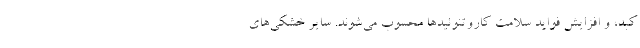
کبد، و افزایش فواید سلامت کاروتنوئیدها محسوب می‌شوند. سایر خشکی­های